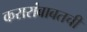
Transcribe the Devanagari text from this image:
करारांबाबतची